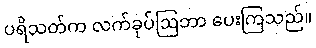
ပရိသတ်က လက်ခုပ်ဩဘာ ပေးကြသည်။